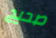
صحيح